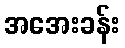
အအေးခန်း